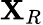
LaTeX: \mathbf{X}_{R}